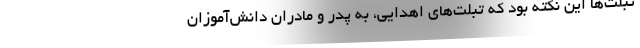
تبلت‌ها این نکته بود که تبلت‌های اهدایی، به پدر و مادران دانش‌آموزان